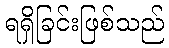
ရရှိခြင်းဖြစ်သည်